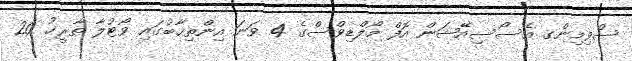
ސްވިމިންގ އެސޯސިއޭޝަން އޮފް މޯލްޑިވްސްގެ 4 ވަނަ އިންތިޚާބުގައި ވޯޓުލާ ތާރީޚު 20